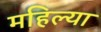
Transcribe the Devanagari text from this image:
महिल्या